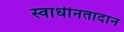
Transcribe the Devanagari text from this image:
स्वाधीनतादान